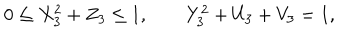
0 \leq X _ { 3 } ^ { 2 } + Z _ { 3 } \leq 1 , \qquad Y _ { 3 } ^ { 2 } + U _ { 3 } + V _ { 3 } = 1 ,